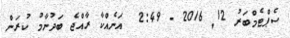
ސެޕްޓެމްބަރު 12